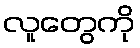
လူတွေကို